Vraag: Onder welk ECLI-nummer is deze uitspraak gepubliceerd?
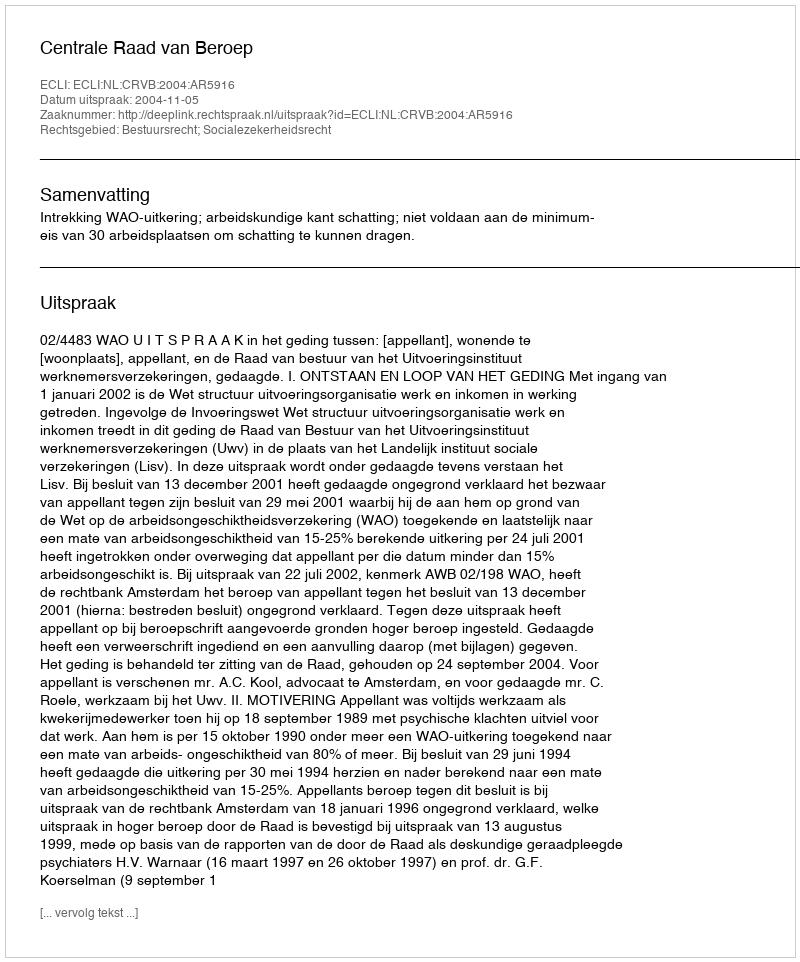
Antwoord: ECLI:NL:CRVB:2004:AR5916